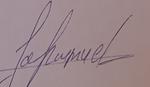
Signature authenticity: forged